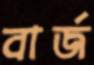
বার্জ